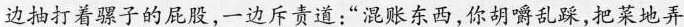
边抽打着骡子的屁股，一边斥责道：”混账东西，你胡嚼乱踩，把菜地弄